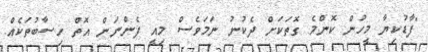
"ފާޑުކިޔާ މީހުން ކޮންމެ ގޮތަކަށް ދެކުނު ނަމަވެސް މިއީ ފެންނަން އޮތް ހިސާބުތަކެއް.